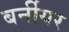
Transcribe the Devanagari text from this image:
बर्नीयर